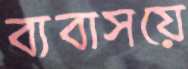
ব্যবাসয়ে